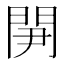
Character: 𨳬